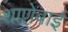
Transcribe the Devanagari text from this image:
शाणेबाई